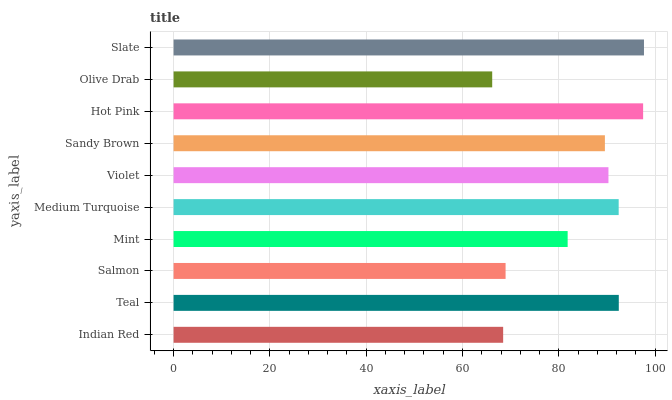
| yaxis_label | bars |
 | --- | --- |
 | Indian Red | 68.4 |
 | Teal | 92.5 |
 | Salmon | 69 |
 | Mint | 81.8 |
 | Medium Turquoise | 92.4 |
 | Violet | 90.3 |
 | Sandy Brown | 89.6 |
 | Hot Pink | 97.5 |
 | Olive Drab | 66.2 |
 | Slate | 97.7 |